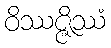
ဝိဿဇ္ဇိဿံ